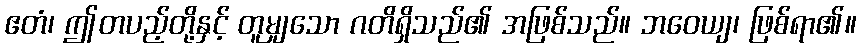
ဧတံ၊ ဤတပည့်တို့နှင့် တူမျှသော ဂတိရှိသည်၏ အဖြစ်သည်။ ဘဝေယျ၊ ဖြစ်ရာ၏။